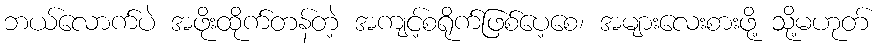
ဘယ်လောက်ပဲ အဖိုးထိုက်တန်တဲ့ အကျင့်စရိုက်ဖြစ်ပေ့စေ၊ အများလေးစားဖို့ သို့မဟုတ်